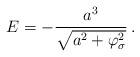
LaTeX: \begin{align*}E = - \frac{a^3}{\sqrt{a^2 + \varphi_\sigma^2}}\, .\end{align*}